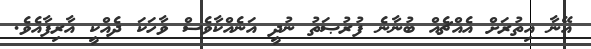
އޭނާ އިތުރަށް އެއްޗެއް ބުނާނެ ފުރުޞަތު ނުދީ އަނެއްކާވެސް ވާހަކަ ދެއްކީ އާރިފާއެވެ.